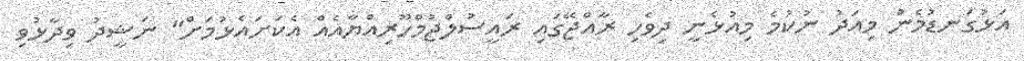
އަޅުގަނޑުމެން މިއަދު ނުކުމެ މިއުޅެނީ ދިވެހި ރާއްޖޭގައި ރައީސުލްޖުމްހޫރިއްޔާއެއް އެކަށައެޅުމަށް" ނަޝީދު ވިދާޅުވި